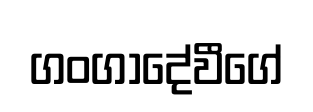
ගංගාදේවීගේ